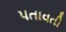
પતાવતી